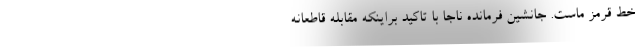
خط قرمز ماست. جانشین فرمانده ناجا با تاکید براینکه مقابله قاطعانه